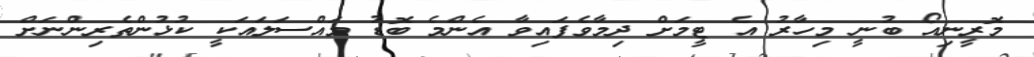
މޮރީނިއޯ ބުނީ މިހާރު އެ ޓީމަށް ދިމާވެފައިވާ އެންމެ ބޮޑު މައްސަލައަކީ ކުޅުންތެރިންނަށް